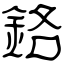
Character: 鉻